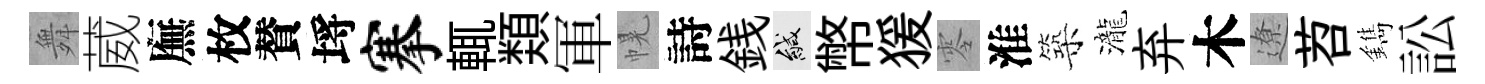
舞葳廡枚賛埓搴輒𩔖軍幌詩銭緘幣猨零淮築瀧弃木遼苕鐫訟